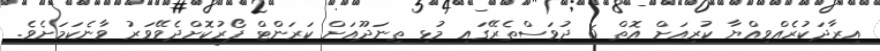
އިރާދަކުރެއްވިއްޔާ ކުރިއަށް އޮތް 6 ދުވަސްތެރޭގައި މުޅި ތިނަދޫއަށް ކަރަންޓް ފޯރުކޮށްދެވޭވަރު ވާނެކަމަށެވެ.